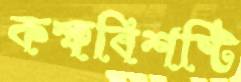
কক্ষবিশষ্টি